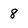
Character: 8